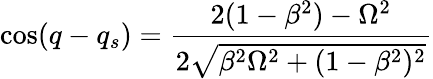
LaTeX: \cos(q-q_{s})=\frac{2(1-\beta^{2})-\Omega^{2}}{2\sqrt{\beta^{2}\Omega^{2}+(1-\beta^{2})^{2}}}